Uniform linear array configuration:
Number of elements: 32
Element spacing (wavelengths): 1
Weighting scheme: hamming
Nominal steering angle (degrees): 60
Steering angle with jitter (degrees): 58.189
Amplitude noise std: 0.05
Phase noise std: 0.05

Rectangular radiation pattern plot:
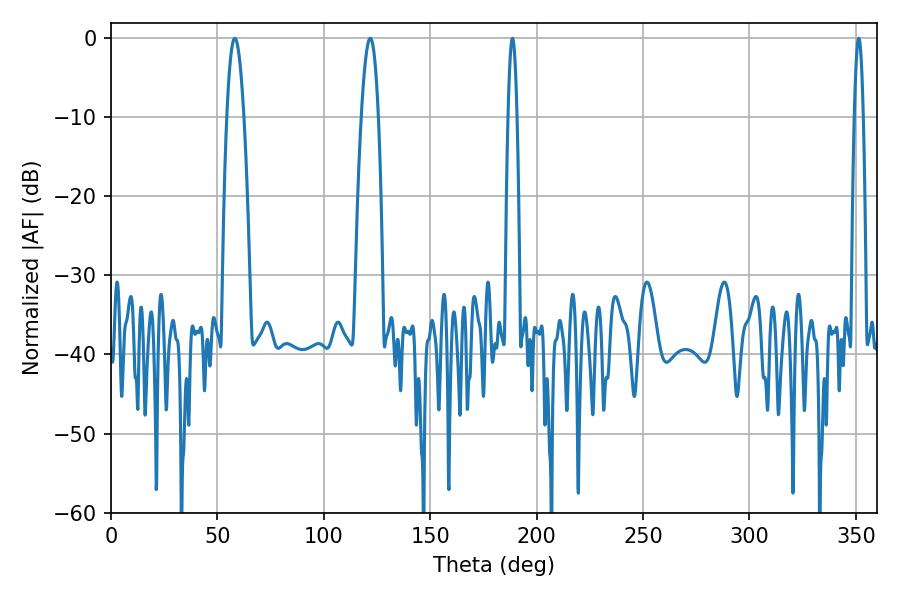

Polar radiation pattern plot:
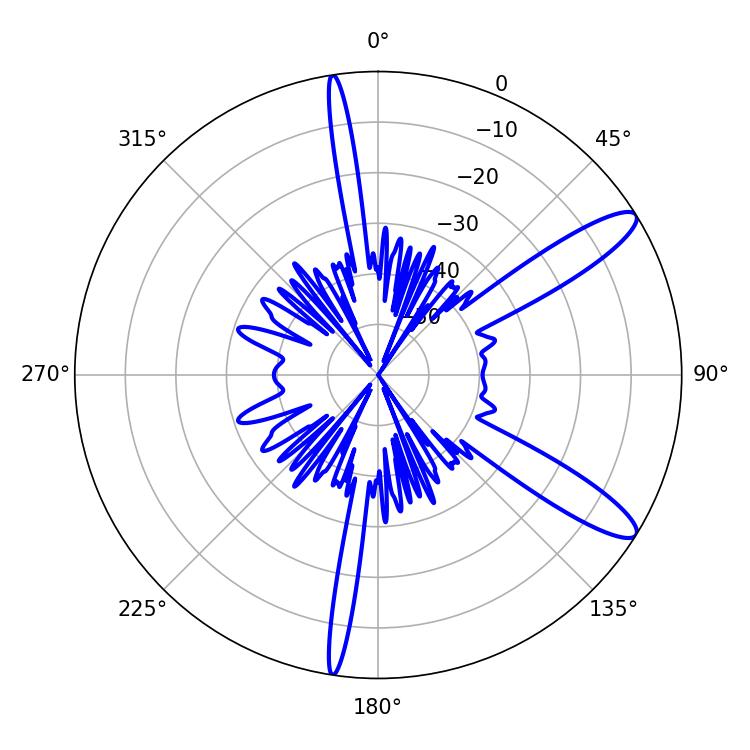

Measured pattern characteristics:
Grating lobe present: TRUE
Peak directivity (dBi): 11.925
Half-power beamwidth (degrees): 2.16
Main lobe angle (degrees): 188.64